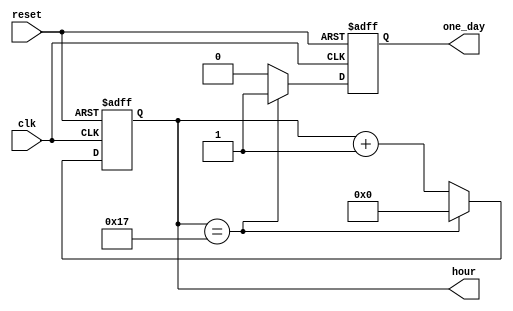
module HourCounter(
    input clk,    // Clock input (assumed to be 1Hz for simplicity)
    input reset,  // Reset input, to reset the counter to 0
    output reg [4:0] hour ,  // 6-bit output for the seconds value
	 output reg one_day =0// Output that indicates a minute has passed
);


always @(posedge clk or negedge reset) begin
    if (~reset) begin
        // Reset the counter to 0 if reset signal is high
        hour <= 10;
		  one_day <= 0;
    end else begin
        // Increment the counter each second, reset to 0 after reaching 59
        if (hour == 23) begin
            hour <= 0;
				one_day <=1;
        end else begin
            hour <= hour + 1;
				one_day <=0;
        end
    end
end

endmodule